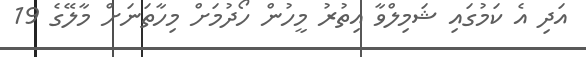
އަދި އެ ކަމުގައި ޝަމިލްވާ އިތުރު މީހުން ހޯދުމަށް މިހާތަނަށް މާލޭގެ 19